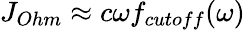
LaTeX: {{J}_{Ohm}}\approx c\omega{{f}_{cutoff}}(\omega)